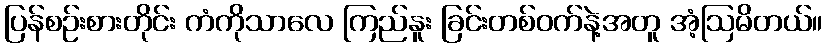
ပြန်စဉ်းစားတိုင်း ကံကိုသာလေ ကြည်နူး ခြင်းတစ်ဝက်နဲ့အတူ အံ့ဩမိတယ်။